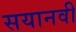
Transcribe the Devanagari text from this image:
सयानवी